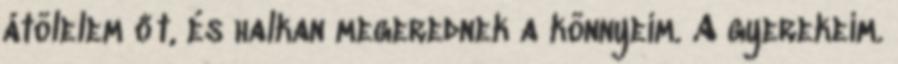
átölelem őt, és halkan megerednek a könnyeim. A gyerekeim.